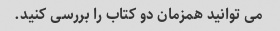
می توانید همزمان دو کتاب را بررسی کنید.